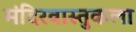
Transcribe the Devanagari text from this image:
मंदिरवास्तुकला